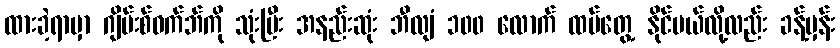
ထားခဲ့ရာမှာ ဂျိမ်းစ်ဝက်ဘ်ကို သုံးပြီး အနည်းဆုံး ဘီလျံ ၁၀၀ လောက် ထပ်တွေ့ နိုင်မယ်လို့လည်း ခန့်မှန်း